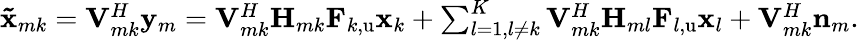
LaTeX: \begin{array}{r}{\mathbf{\tilde{x}}_{mk}=\mathbf{V}_{mk}^{H}\mathbf{y}_{m}=\mathbf{V}_{mk}^{H}\mathbf{H}_{mk}\mathbf{F}_{k,\mathrm{u}}\mathbf{x}_{k}+\sum_{l=1,l\ne k}^{K}{\mathbf{V}_{mk}^{H}\mathbf{H}_{ml}\mathbf{F}_{l,\mathrm{u}}\mathbf{x}_{l}}+\mathbf{V}_{mk}^{H}\mathbf{n}_{m}.}\end{array}